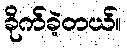
ခိုက်ခဲ့တယ်။